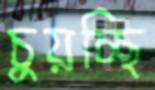
চুয়চ্ছি